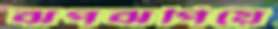
ঝপঝপিয়ে